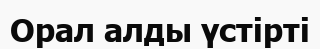
Орал алды үстірті